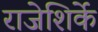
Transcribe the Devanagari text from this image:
राजेशिर्के